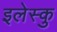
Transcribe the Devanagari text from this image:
इलेस्कु